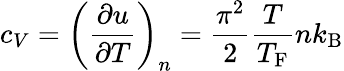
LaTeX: c_{V}=\left({\frac{\partial u}{\partial T}}\right)_{n}={\frac{\pi^{2}}{2}}{\frac{T}{T_{\mathrm{{F}}}}}nk_{\mathrm{{B}}}